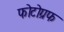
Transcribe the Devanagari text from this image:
फोटोग्रफ